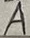
Text: A